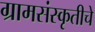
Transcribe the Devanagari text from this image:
ग्रामसंस्कृतीचे